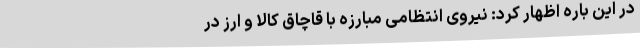
در این باره اظهار کرد: نیروی انتظامی مبارزه با قاچاق کالا و ارز در